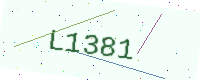
Text: L1381